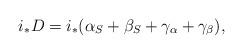
LaTeX: \begin{align*}i_\ast D = i_\ast (\alpha_S + \beta_S + \gamma_\alpha + \gamma_\beta),\end{align*}